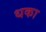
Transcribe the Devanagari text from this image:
धका